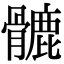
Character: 𩪉